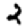
Digit: 2